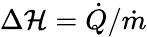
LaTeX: \Delta\mathcal{H}=\dot{{Q}}/\dot{{m}}